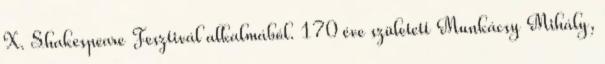
X. Shakespeare Fesztivál alkalmából. 170 éve született Munkácsy Mihály,